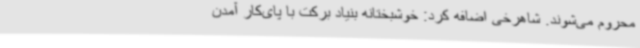
محروم می‌شوند. شاهرخی اضافه کرد: خوشبختانه بنیاد برکت با پای‌کار آمدن